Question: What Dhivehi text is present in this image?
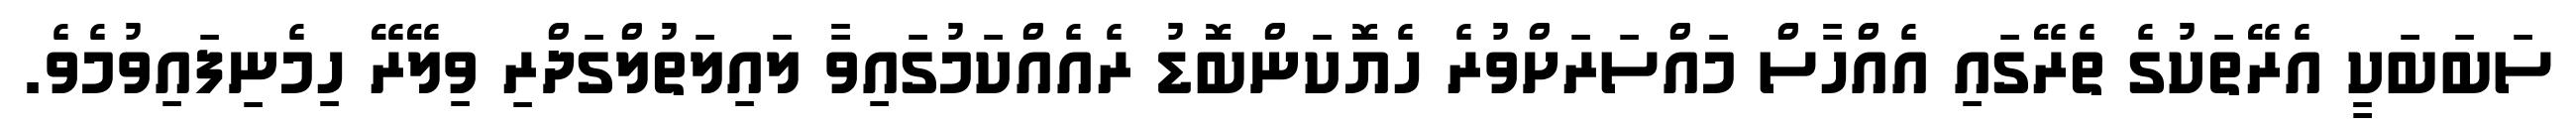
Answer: ސަބަބަކީ އެރޭތަކުގެ ތެރޭގައި އެއްހާސް މައްސަރަށްވުރެ ހެޔޮކަންބޮޑު ރެއެއްކަމުގައިވާ ލައިލަތުލްގަދްރި ވިލޭރޭ ހިމެނިފައިވުމެވެ.